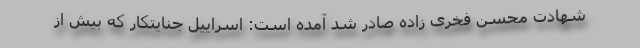
شهادت محسن فخری زاده صادر شد آمده است: اسراییل جنایتکار که بیش از